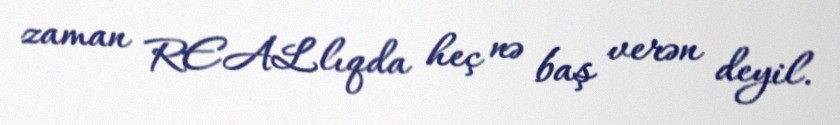
zaman REALlıqda heç nə baş verən deyil.